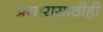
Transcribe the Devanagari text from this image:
प्रसारासाठीही